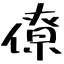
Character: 僚